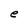
Character: e